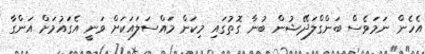
އެހެން ނަމަވެސް ބަންގްލަދޭޝުން ބުނާ ގޮތުގައި މިކަން މައްސަލައަކަށް ވަނީ އެގައުމަށް އަންގާ